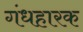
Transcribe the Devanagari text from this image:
गंधहारक